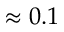
\approx 0 . 1